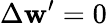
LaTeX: \Delta\mathbf{w}^{\prime}=0